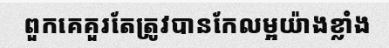
ពួកគេគួរតែត្រូវបានកែលម្អយ៉ាងខ្លាំង